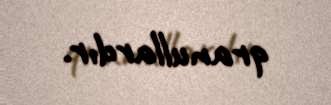
qranullardır.